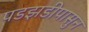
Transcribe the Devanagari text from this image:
पडझडीपासुन